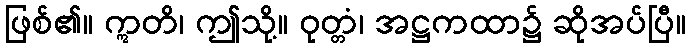
ဖြစ်၏။ ဣတိ၊ ဤသို့။ ဝုတ္တံ၊ အဋ္ဌကထာ၌ ဆိုအပ်ပြီ။